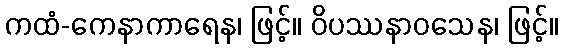
ကထံ-ကေနာကာရေန၊ ဖြင့်။ ဝိပဿနာဝသေန၊ ဖြင့်။